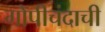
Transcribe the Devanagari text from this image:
गोपीचंदाची